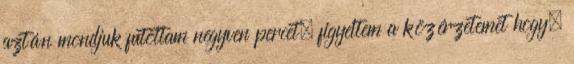
aztán mondjuk futottam negyven percet, figyeltem a közérzetemet hogy.